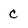
Character: C